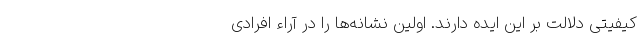
کیفیتی دلالت بر این ایده دارند. اولین‌ نشانه‌ها را در آراء افرادی